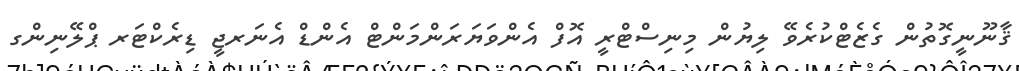
ޤާނޫނީގޮތުން ގެޒެޓްކުރެވޭ ލިޔުން މިނިސްޓްރީ އޮފް އެންވަޔަރަންމަންޓް އެންޑް އެނަރޖީ ޑިރެކްޓަރ ޕްލޭނިންގ